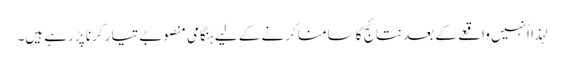
لہذا اُنہیں واقعے کے بعد نتائج کا سامنا کرنے کے لیے ہنگامی منصوبے تیار کرنا پڑ رہے ہیں۔